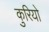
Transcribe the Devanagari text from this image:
कुरियो